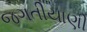
જગતીયાણી